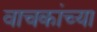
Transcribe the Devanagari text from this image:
वाचकांच्‍या